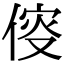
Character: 𠊯